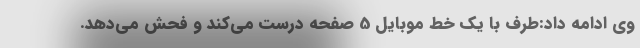
وی ادامه داد:طرف با یک خط موبایل 5 صفحه درست می‌کند و فحش می‌دهد.